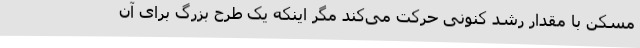
مسکن با مقدار رشد کنونی حرکت می‌کند مگر اینکه یک طرح بزرگ برای آن